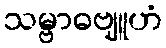
သမ္ဗာဓဗျူဟံ